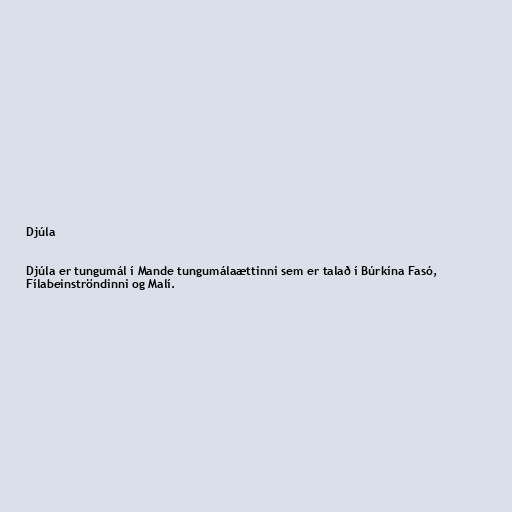
Djúla

Djúla er tungumál í Mande tungumálaættinni sem er talað í Búrkína Fasó,
Fílabeinströndinni og Malí.